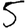
Digit: 5